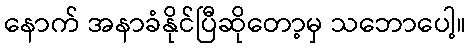
နောက် အနာခံနိုင်ပြီဆိုတော့မှ သဘောပေါ့။